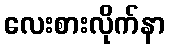
လေးစားလိုက်နာ